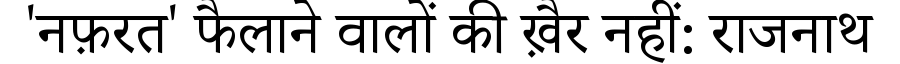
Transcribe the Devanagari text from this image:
'नफ़रत' फैलाने वालों की ख़ैर नहीं: राजनाथ